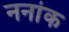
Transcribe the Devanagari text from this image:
ननांक